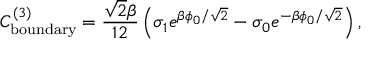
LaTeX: C _ { \mathrm { b o u n d a r y } } ^ { ( 3 ) } = \frac { \sqrt { 2 } \beta } { 1 2 } \left( \sigma _ { 1 } e ^ { \beta \phi _ { 0 } / \sqrt { 2 } } - \sigma _ { 0 } e ^ { - \beta \phi _ { 0 } / \sqrt { 2 } } \right) ,